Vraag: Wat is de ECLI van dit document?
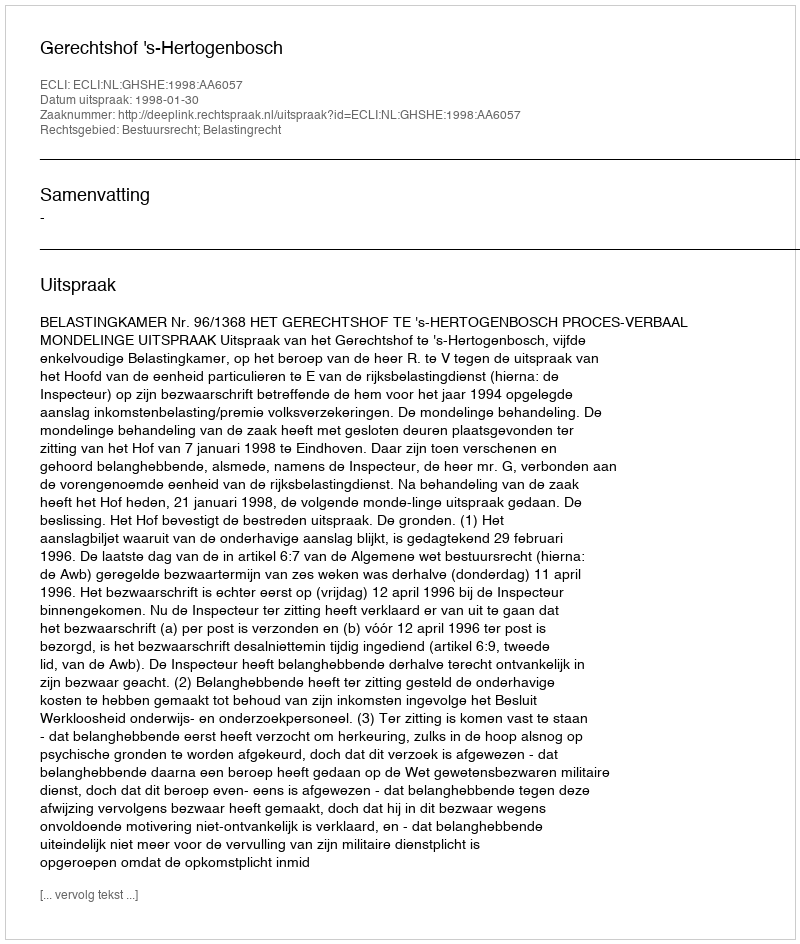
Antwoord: ECLI:NL:GHSHE:1998:AA6057